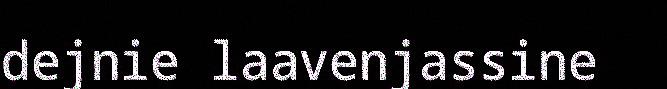
dejnie laavenjassine